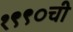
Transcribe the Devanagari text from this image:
१९९०ची